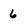
Character: 6